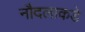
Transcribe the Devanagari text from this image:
नौदलाकडे